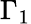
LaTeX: \Gamma_{1}